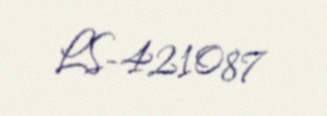
LS-421087